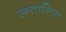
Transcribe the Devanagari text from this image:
उन्तालिस